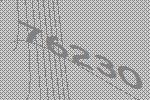
76230